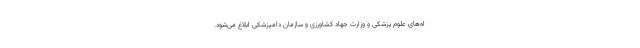
اه‌های علوم پزشکی و وزارت جهاد کشاورزی و سازمان دامپزشکی ابلاغ می‌شود.